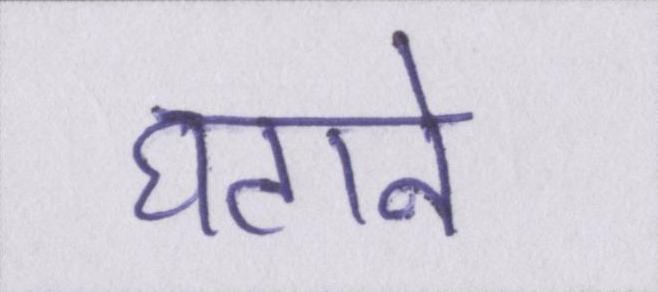
घटाने